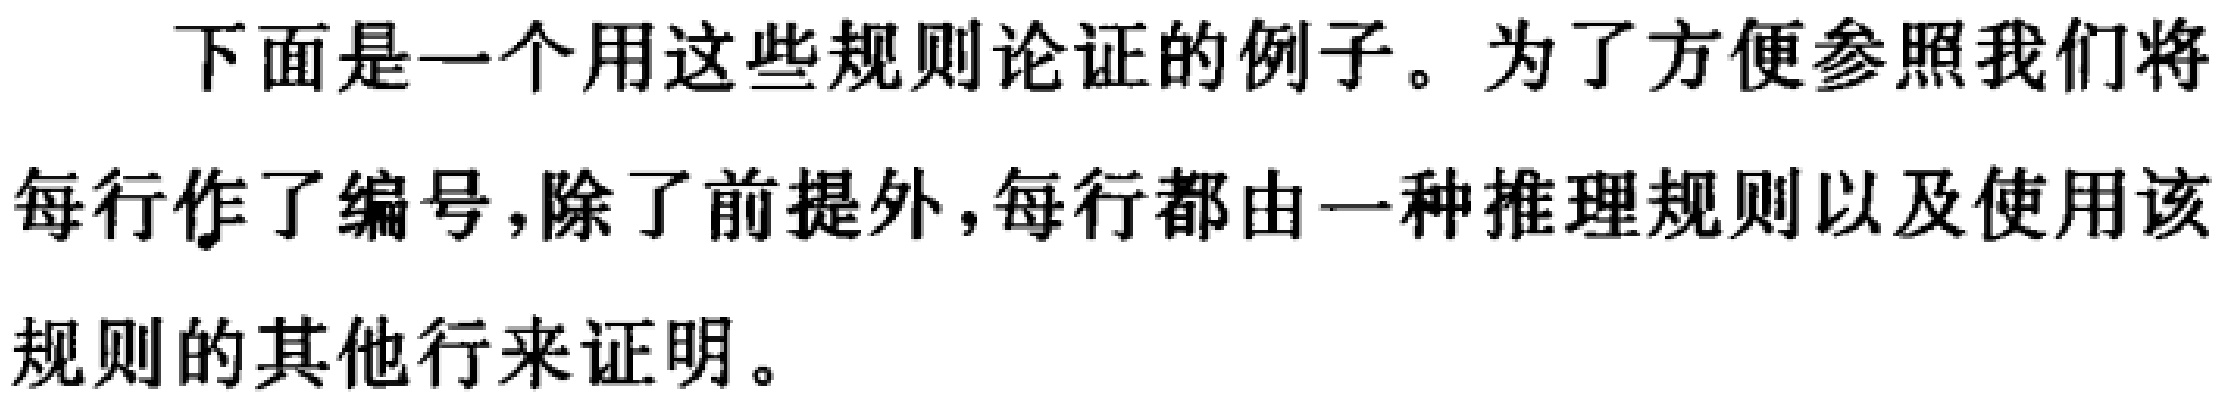
下面是一个用这些规则论证的例子。为了方便参照我们将
每行作了编号，除了前提外，每行都由一种推理规则以及使用该
规则的其他行来证明。